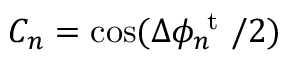
C _ { n } = \cos ( \Delta \phi _ { n } ^ { \mathrm { ~ t ~ } } / 2 )